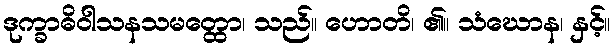
ဒုက္ခာဓိဝါသနသမတ္ထော၊ သည်။ ဟောတိ၊ ၏။ သံဃောန၊ နှင့်။